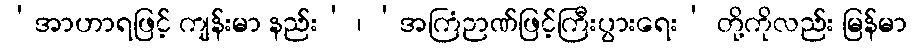
‘အာဟာရဖြင့် ကျန်းမာ နည်း’ ၊ ‘အကြံဉာဏ်ဖြင့်ကြီးပွားရေး’ တို့ကိုလည်း မြန်မာ